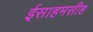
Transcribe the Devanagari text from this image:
ईसाहमसीह